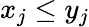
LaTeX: x_{j}\le y_{j}